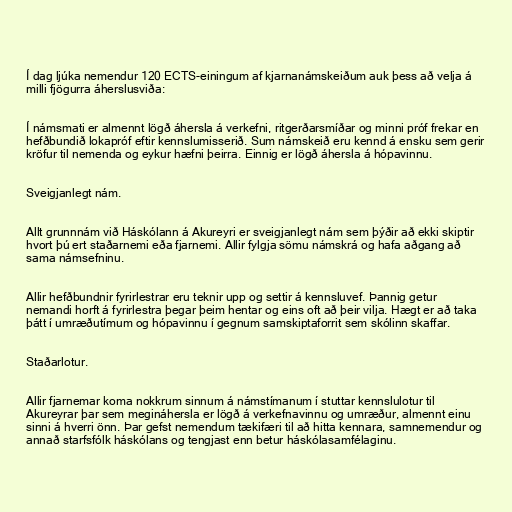
Í dag ljúka nemendur 120 ECTS-einingum af kjarnanámskeiðum auk þess að velja á
milli fjögurra áherslusviða:

Í námsmati er almennt lögð áhersla á verkefni, ritgerðarsmíðar og minni próf frekar en
hefðbundið lokapróf eftir kennslumisserið. Sum námskeið eru kennd á ensku sem gerir
kröfur til nemenda og eykur hæfni þeirra. Einnig er lögð áhersla á hópavinnu.

Sveigjanlegt nám.

Allt grunnnám við Háskólann á Akureyri er sveigjanlegt nám sem þýðir að ekki skiptir
hvort þú ert staðarnemi eða fjarnemi. Allir fylgja sömu námskrá og hafa aðgang að
sama námsefninu.

Allir hefðbundnir fyrirlestrar eru teknir upp og settir á kennsluvef. Þannig getur
nemandi horft á fyrirlestra þegar þeim hentar og eins oft að þeir vilja. Hægt er að taka
þátt í umræðutímum og hópavinnu í gegnum samskiptaforrit sem skólinn skaffar.

Staðarlotur.

Allir fjarnemar koma nokkrum sinnum á námstímanum í stuttar kennslulotur til
Akureyrar þar sem megináhersla er lögð á verkefnavinnu og umræður, almennt einu
sinni á hverri önn. Þar gefst nemendum tækifæri til að hitta kennara, samnemendur og
annað starfsfólk háskólans og tengjast enn betur háskólasamfélaginu.